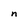
Character: n